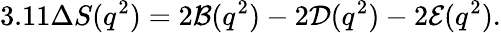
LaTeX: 3.11\Delta S(q^{2})=2{\cal B}(q^{2})-2{\cal D}(q^{2})-2{\cal E}(q^{2}).